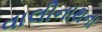
વાલીનાથના